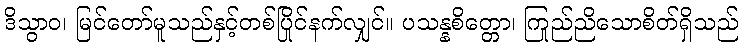
ဒိသွာဝ၊ မြင်တော်မူသည်နှင့်တစ်ပြိုင်နက်လျှင်။ ပသန္နစိတ္တော၊ ကြည်ညိုသောစိတ်ရှိသည်